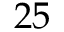
2 5